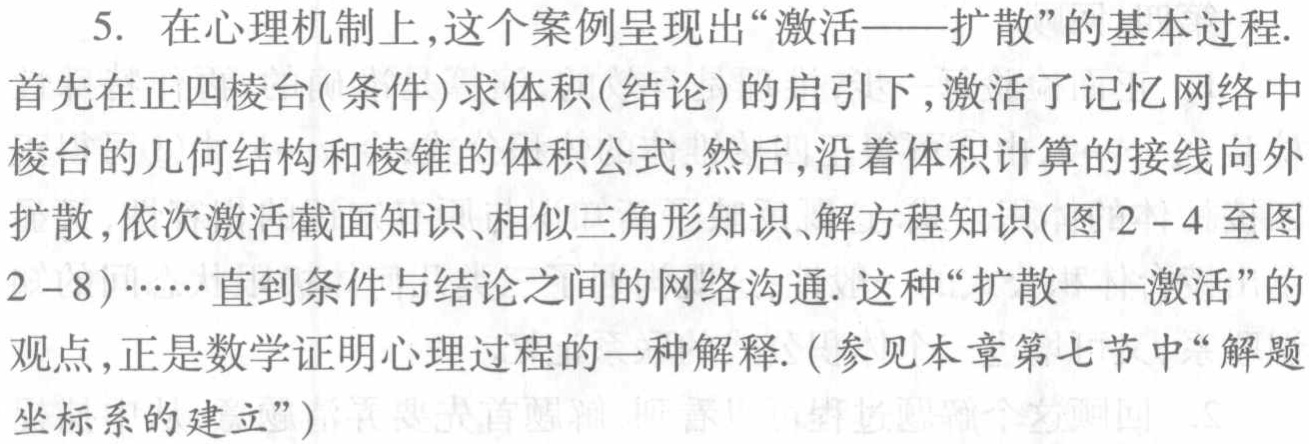
5. 在心理机制上,这个案例呈现出“激活——扩散”的基本过程.首先在正四棱台(条件)求体积(结论)的启引下,激活了记忆网络中棱台的几何结构和棱锥的体积公式,然后,沿着体积计算的接线向外扩散,依次激活截面知识、相似三角形知识、解方程知识(图2 - 4至图2 - 8)……直到条件与结论之间的网络沟通. 这种“扩散——激活”的观点,正是数学证明心理过程的一种解释.(参见本章第七节中“解题坐标系的建立”)